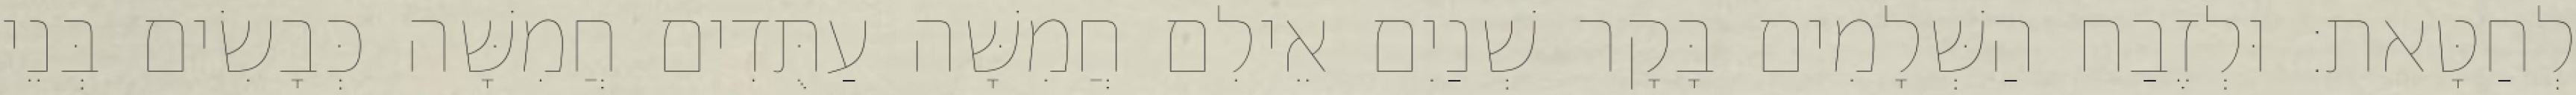
לְחַטָּאת׃ וּלְזֶבַח הַשְּׁלָמִים בָּקָר שְׁנַיִם אֵילִם חֲמִשָּׁה עַתֻּדִים חֲמִשָּׁה כְּבָשִׂים בְּנֵי